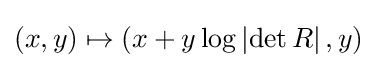
(x,y)\mapsto (x+y\log \left|\det R\right|,y)